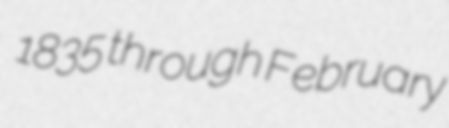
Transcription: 1835 through February